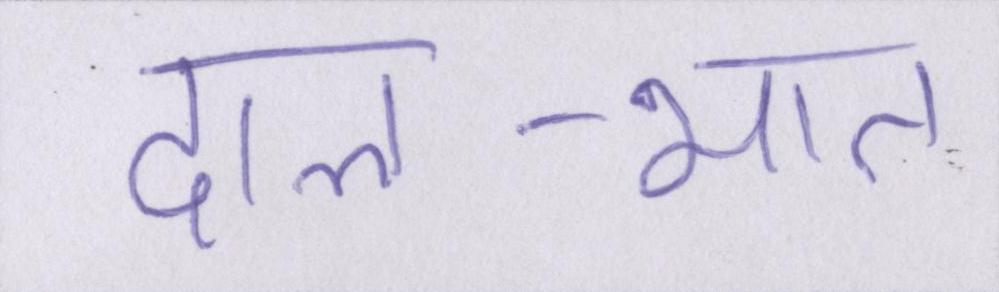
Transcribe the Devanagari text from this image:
दाल-भात